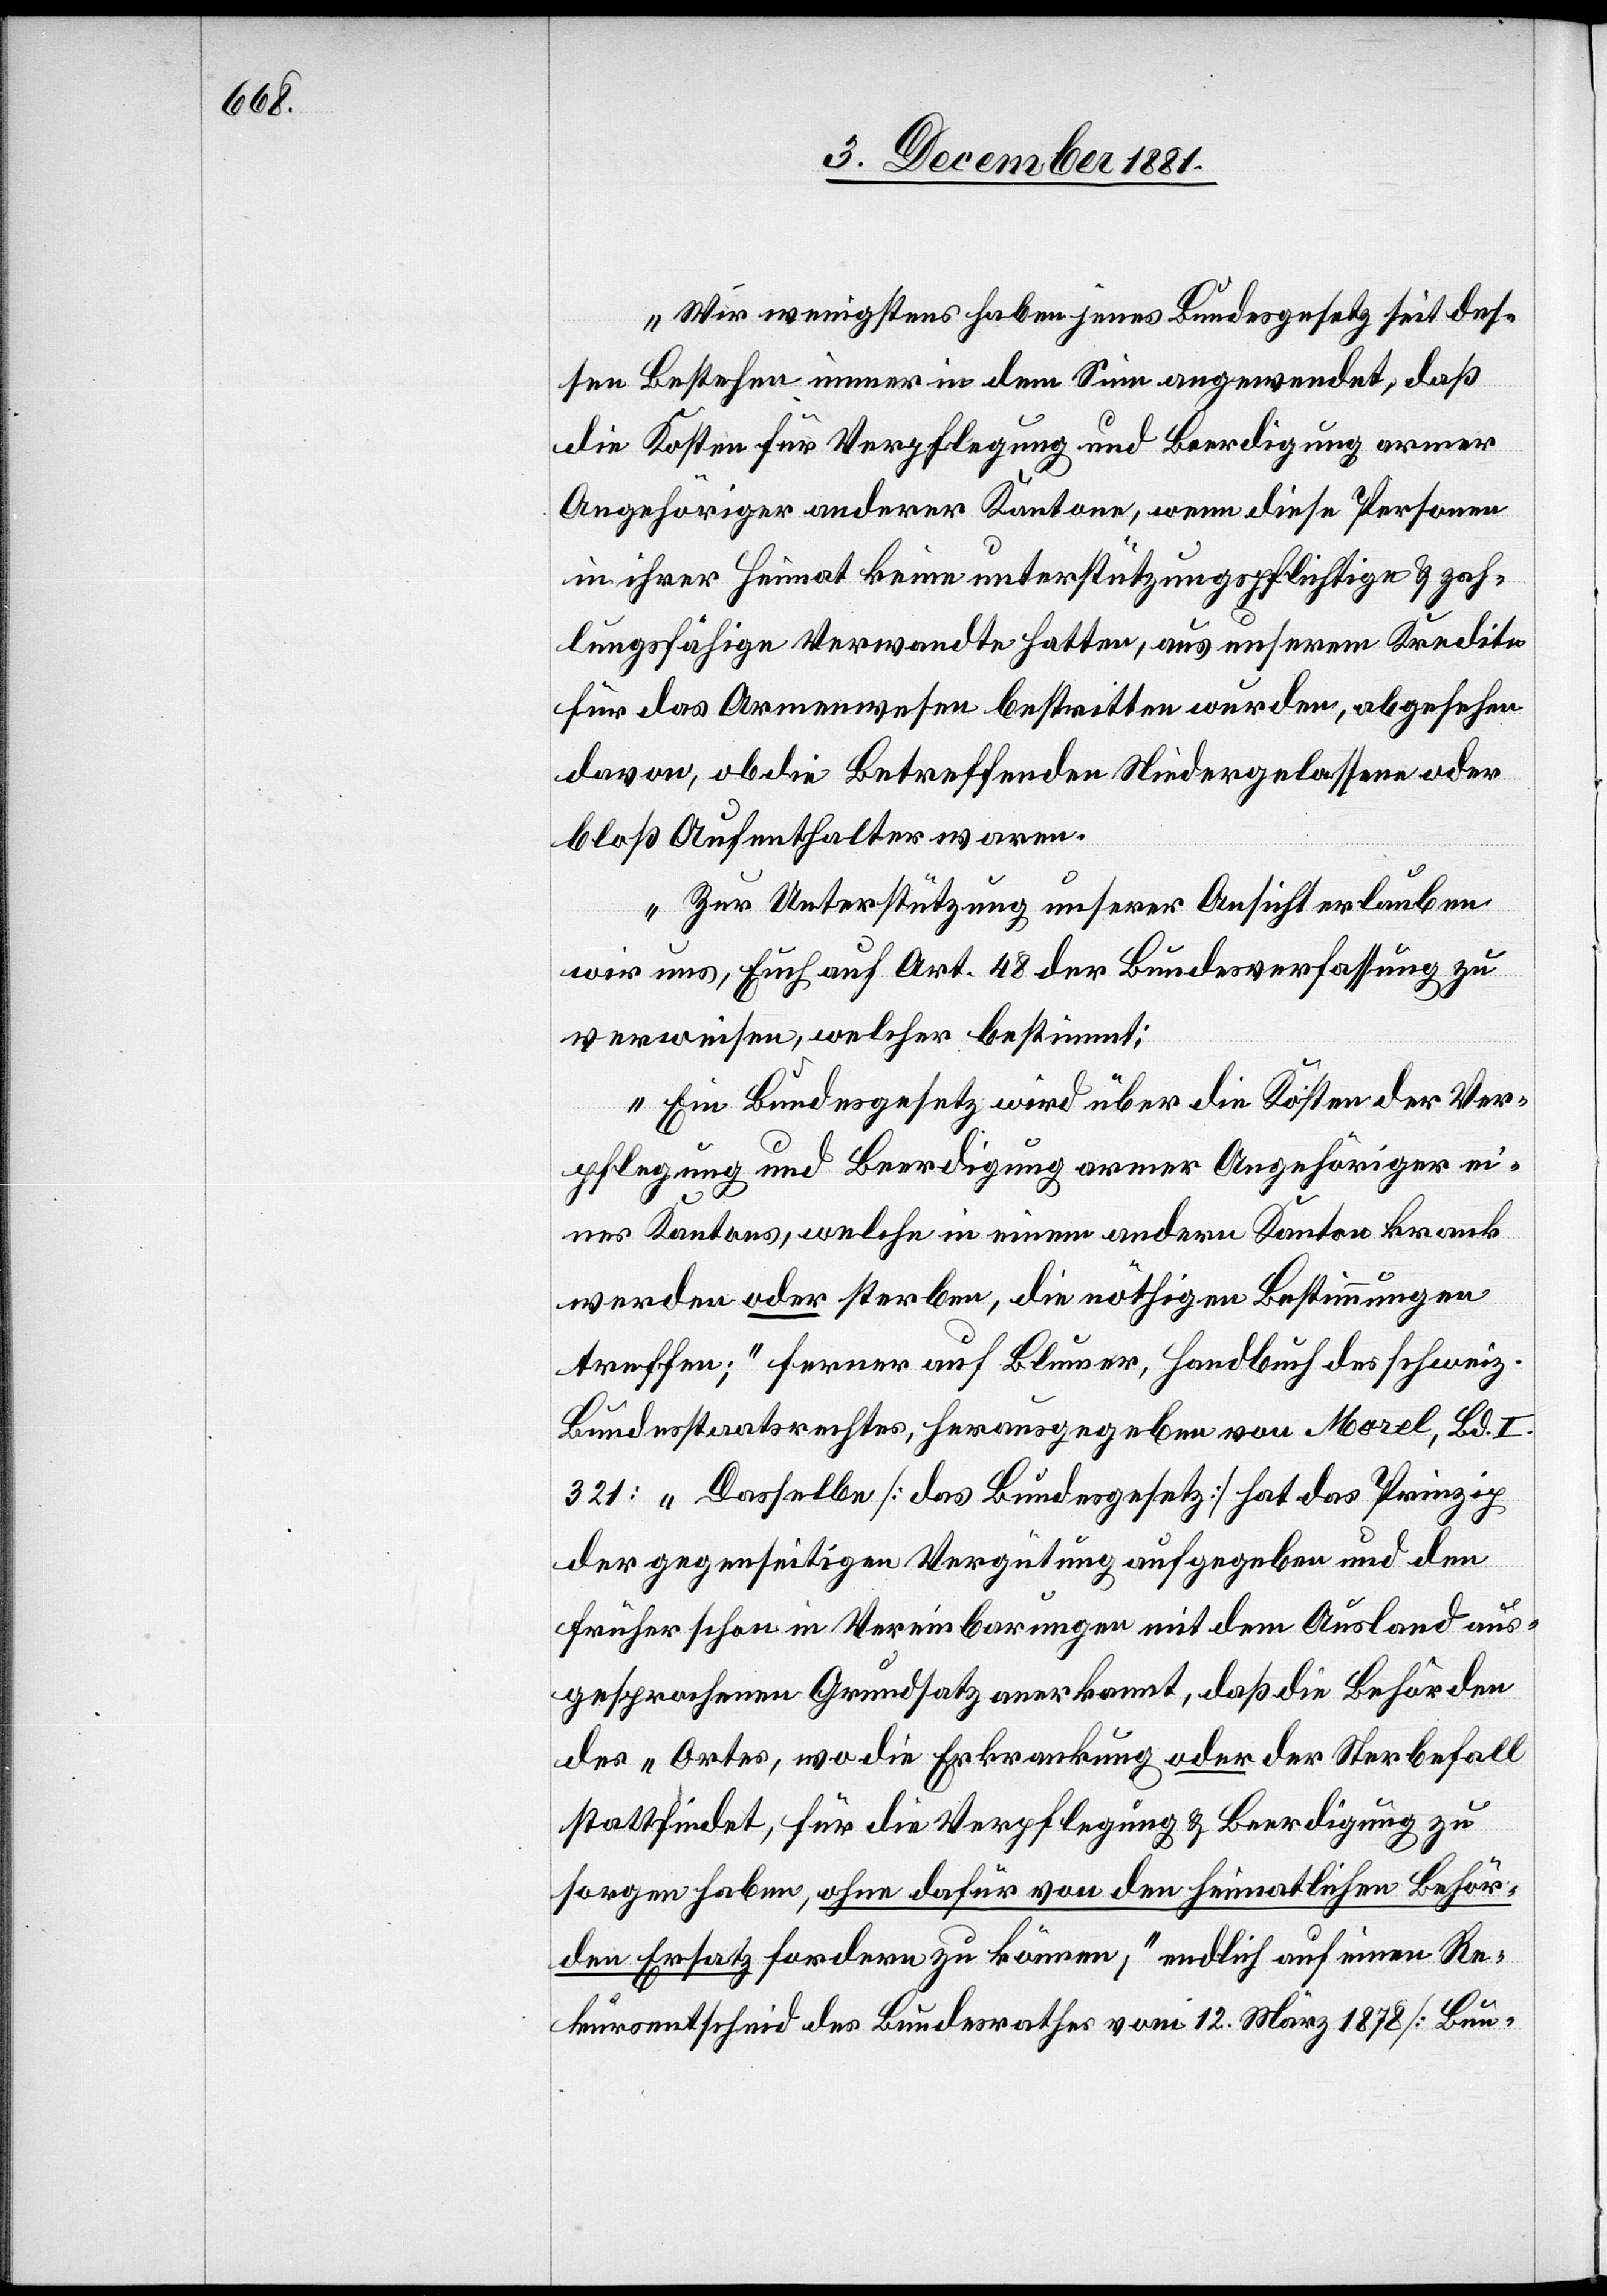
Wir wenigstens haben jenes Bundesgesetz seit des¬
sen Bestehen immer in dem Sinn angewendet, daß
die Kosten für Verpflegung und Beerdigung armer
Angehöriger anderer Kantone, wenn diese Personen
in ihrer Heimat keine unterstützungspflichtige & zah¬
lungsfähige Verwandte hatten, aus unserem Kredite
für das Armenwesen bestritten wurden, abgesehen
davon, ob die Betreffenden Niedergelassene oder
bloß Aufenthalter waren.
Zur Unterstützung unserer Ansicht erlauben
wir uns, Euch auf Art. 48 der Bundesverfassung zu
verweisen, welcher bestimmt:
„Ein Bundesgesetz wird über die Kosten der Ver¬
pflegung und Beerdigung armer Angehöriger ei¬
nes Kantons, welche in einem andern Kanton krank
werden oder sterben, die nöthigen Bestimmungen
treffen;“ ferner auf Blumer, Handbuch des schweiz.
Bundesstaatsrechtes, herausgegeben von Marel, Bd.
321: „Dasselbe [das Bundesgesetz] hat das Prinzip
der gegenseitigen Vergütung aufgegeben und den
früher schon in Vereinbarungen mit dem Ausland aus¬
gesprochenen Grundsatz anerkannt, daß die Behörden
des „Ortes, wo die Erkrankung oder der Sterbefall
stattfindet, für die Verpflegung & Beerdigung zu
sorgen haben, ohne dafür von den heimatlichen Behör¬
den Ersatz fordern zu können,“ endlich auf einen Re¬
kursentscheid des Bundesrathes vom 12. März 1878 [Bun-